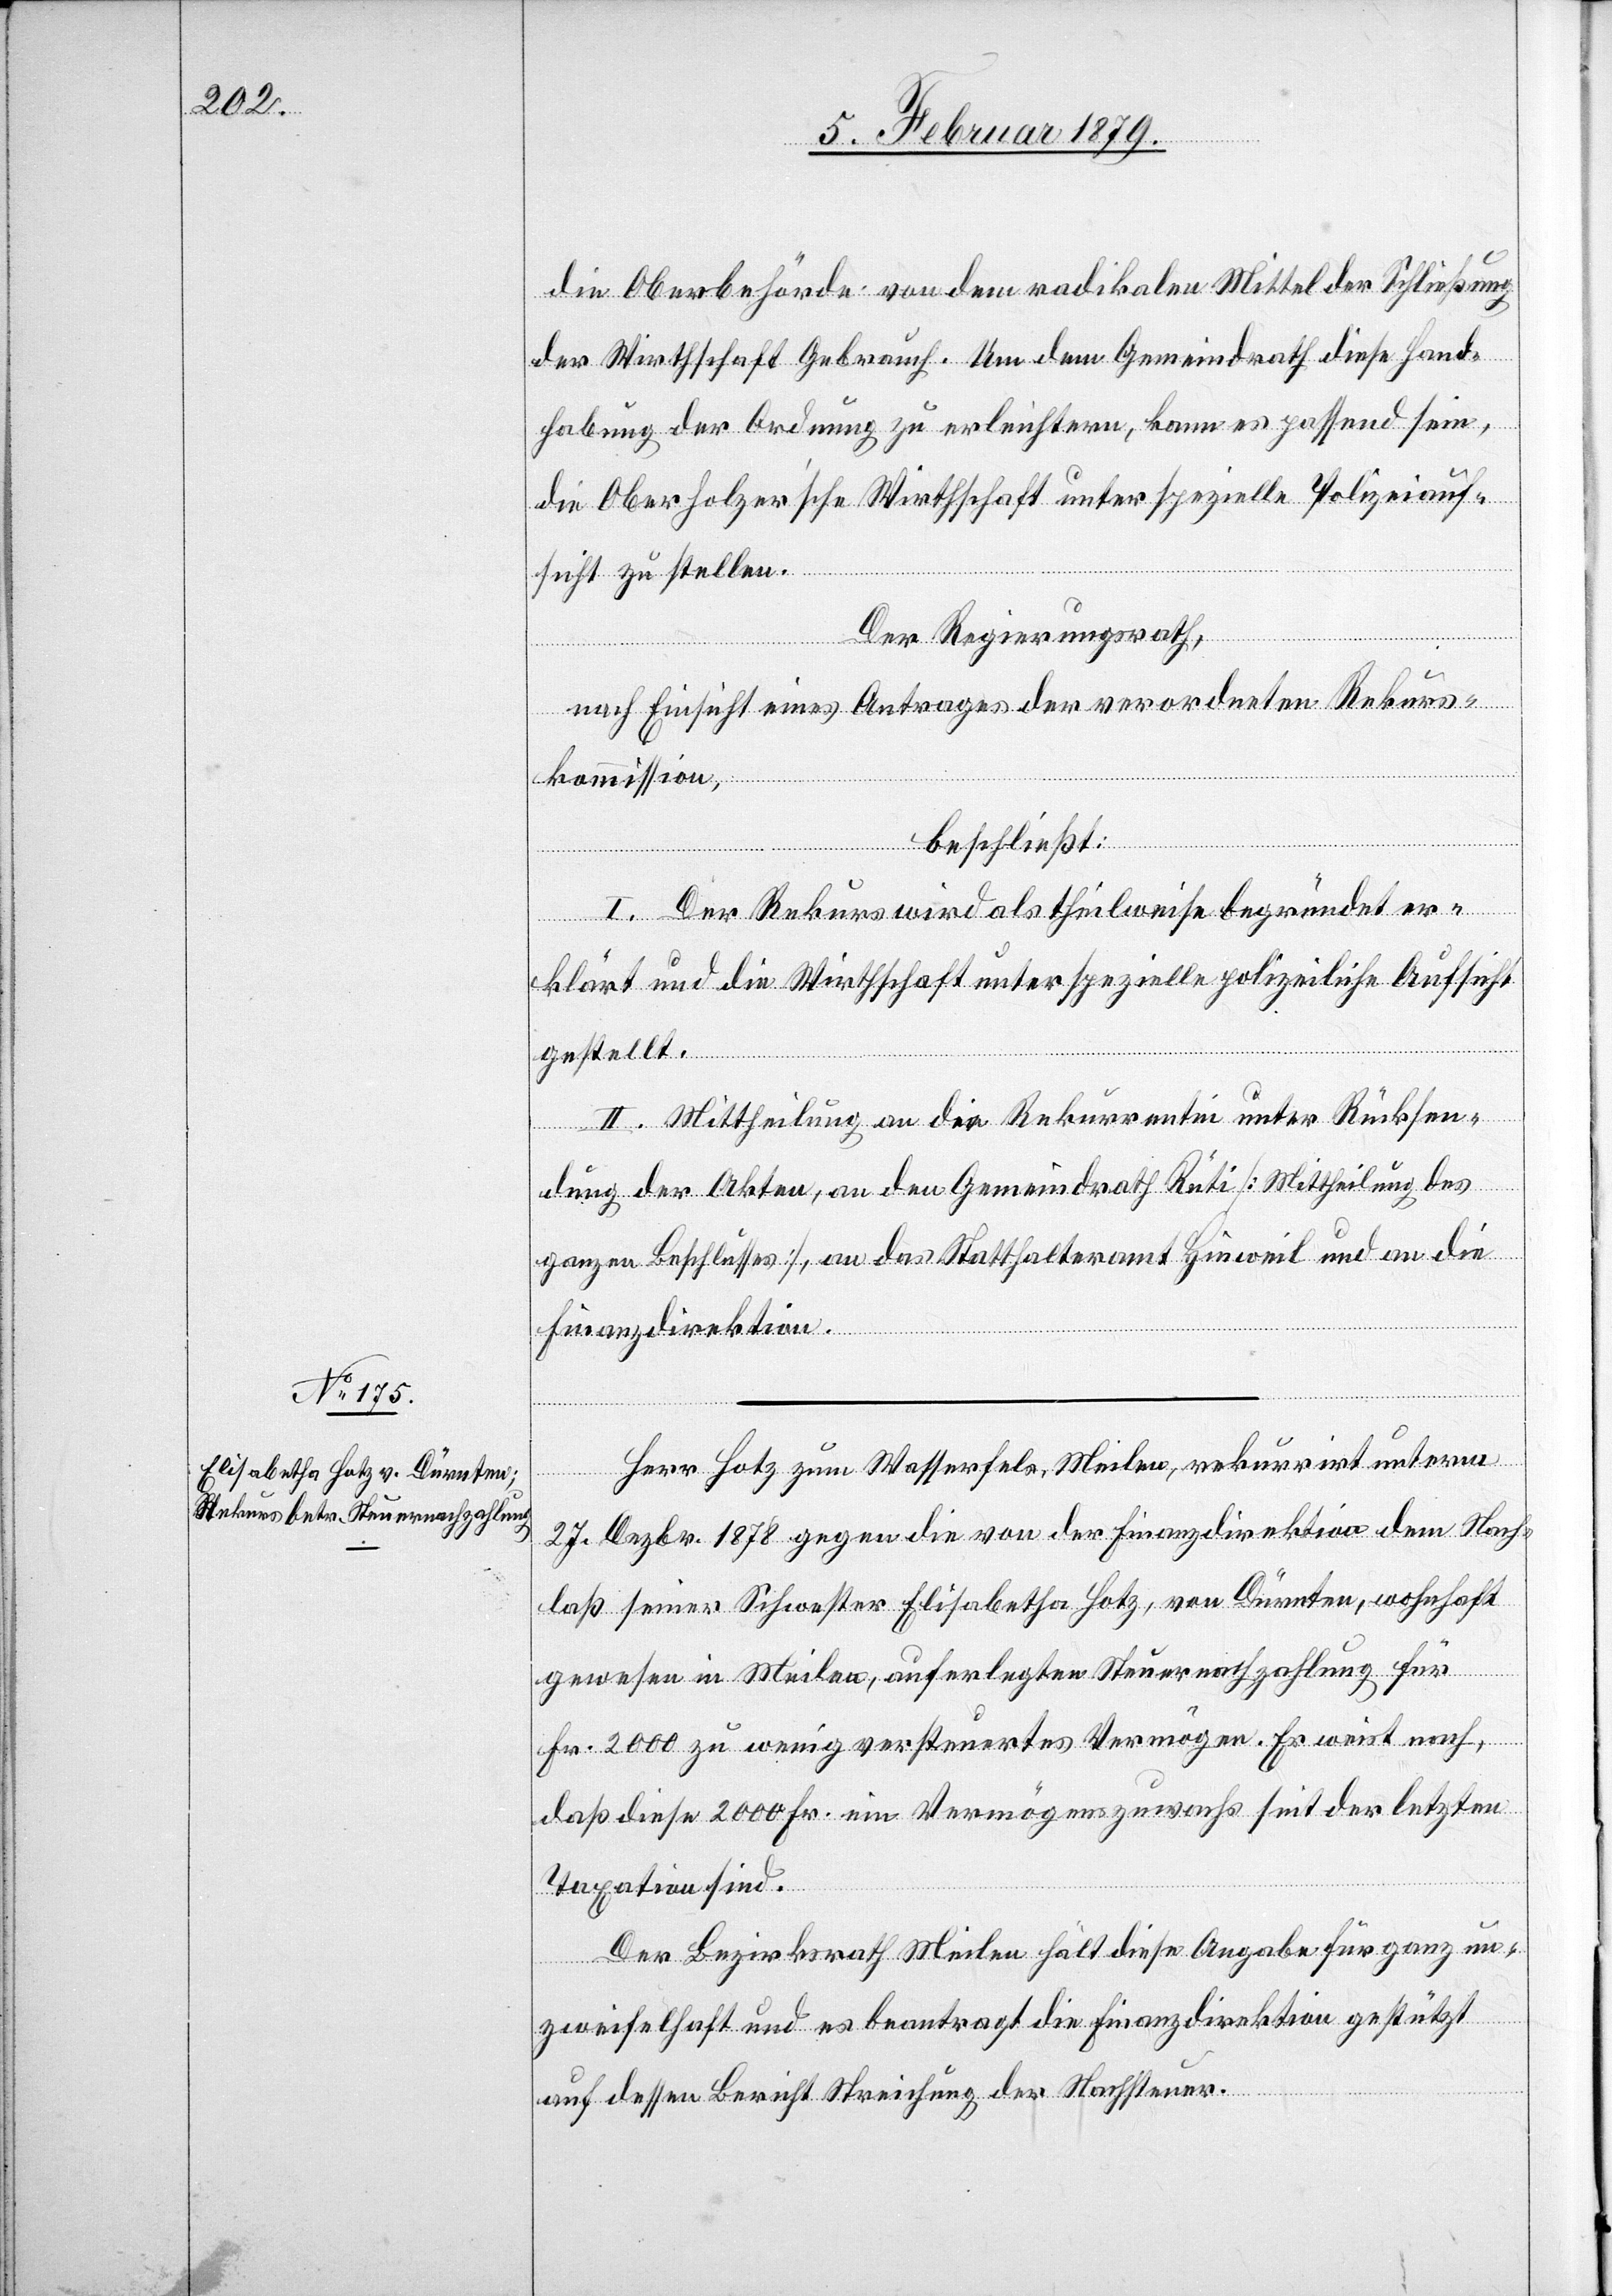
Oberbehörde von dem radikalen Mittel der Schließung
der Wirthschaft Gebrauch. Um dem Gemeindrath diese Hand¬
habung der Ordnung zu erleichtern, kann es passend sein,
die Oberholzer’sche Wirthschaft unter spezielle Polizeiauf¬
sicht zu stellen.
Der Regierungsrath,
nach Einsicht eines Antrages der verordneten Rekurs¬
kommission,
beschließt:
I. Der Rekurs wird als theilweise begründet er¬
klärt und die Wirthschaft unter spezielle polizeiliche Aufsicht
gestellt.
II. Mittheilung an die Rekurrenten unter Rücksen¬
dung der Akten, an den Gemeindrath Rüti [Mittheilung des
ganzen Beschlusses], an das Statthalteramt Hinweil und an die
Finanzdirektion.
Herr Hotz zum Wasserfels, Meilen, rekurrirt unterm
27. Dezbr. 1878 gegen die von der Finanzdirektion dem Nach¬
laß seiner Schwester Elisabetha Hotz, von Dürnten, wohnhaft
gewesen in Meilen, auferlegten [sic!] Steuernachzahlung für
Fr. 2000 zu wenig versteuertes Vermögen. Er weist nach,
daß diese 2000 Fr. ein Vermögenszuwachs seit der letzten
Taxation sind.
Der Bezirksrath Meilen hält diese Angabe für ganz un¬
zweifelhaft und es beantragt die Finanzdirektion gestützt
auf dessen Bericht Streichung der Nachsteuer.

die